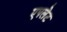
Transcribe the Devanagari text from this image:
एपलेट